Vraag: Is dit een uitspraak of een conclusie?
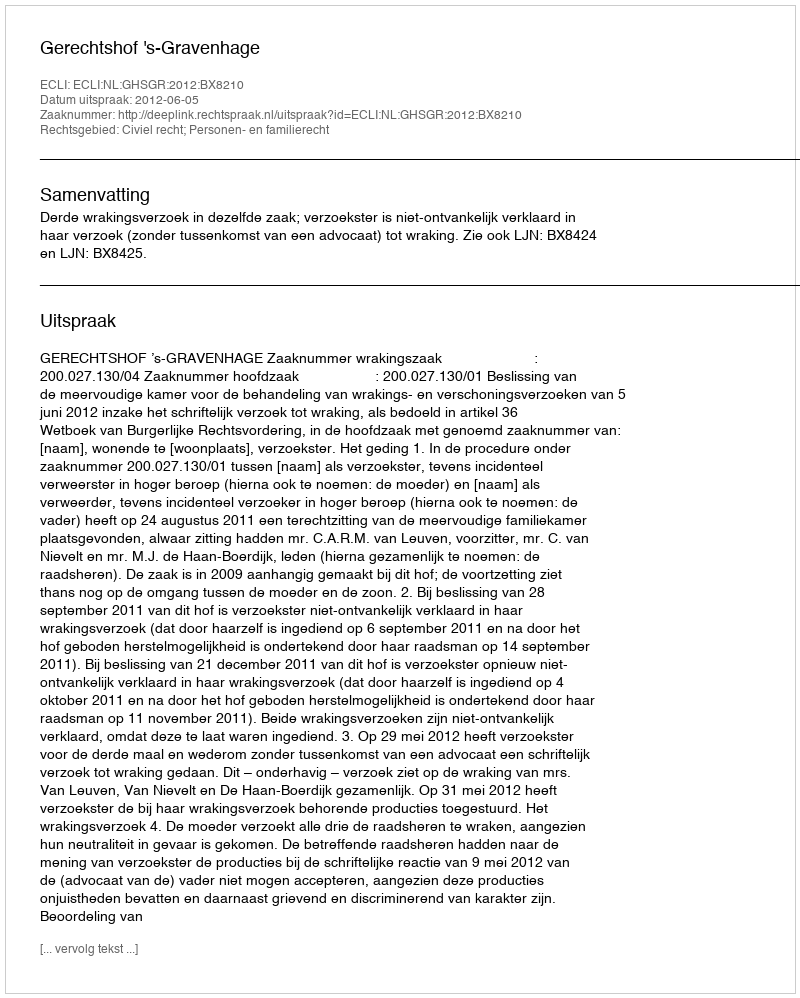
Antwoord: Uitspraak